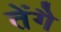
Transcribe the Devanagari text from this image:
तेंगै